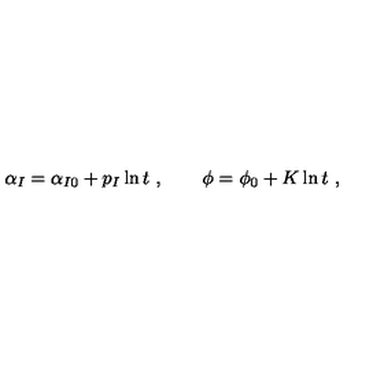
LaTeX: \alpha _ { I } = \alpha _ { I 0 } + p _ { I } \ln t \ , \qquad \phi = \phi _ { 0 } + K \ln t \ ,